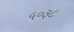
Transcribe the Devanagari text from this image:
५०३८